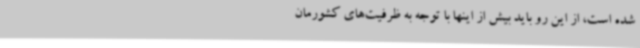
شده است، از این رو باید بیش از اینها با توجه به ظرفیت‌های کشورمان